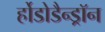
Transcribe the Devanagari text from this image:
र्होडोडैन्ड्रॉन